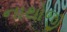
નાથોજી